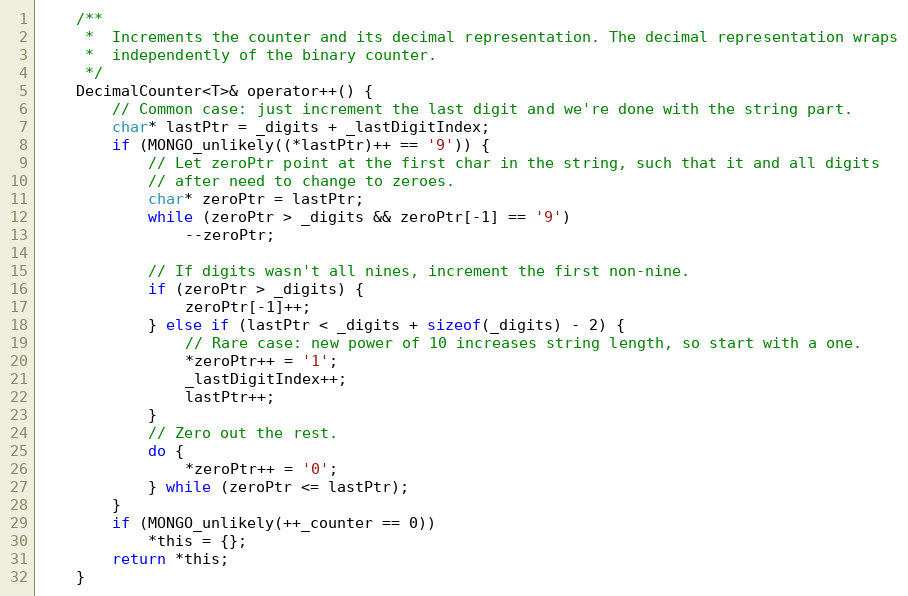
Language: C
    /**
     *  Increments the counter and its decimal representation. The decimal representation wraps
     *  independently of the binary counter.
     */
    DecimalCounter<T>& operator++() {
        // Common case: just increment the last digit and we're done with the string part.
        char* lastPtr = _digits + _lastDigitIndex;
        if (MONGO_unlikely((*lastPtr)++ == '9')) {
            // Let zeroPtr point at the first char in the string, such that it and all digits
            // after need to change to zeroes.
            char* zeroPtr = lastPtr;
            while (zeroPtr > _digits && zeroPtr[-1] == '9')
                --zeroPtr;

            // If digits wasn't all nines, increment the first non-nine.
            if (zeroPtr > _digits) {
                zeroPtr[-1]++;
            } else if (lastPtr < _digits + sizeof(_digits) - 2) {
                // Rare case: new power of 10 increases string length, so start with a one.
                *zeroPtr++ = '1';
                _lastDigitIndex++;
                lastPtr++;
            }
            // Zero out the rest.
            do {
                *zeroPtr++ = '0';
            } while (zeroPtr <= lastPtr);
        }
        if (MONGO_unlikely(++_counter == 0))
            *this = {};
        return *this;
    }